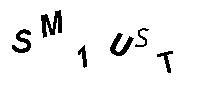
SM1UST